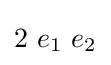
2~e_{1}~e_{2}